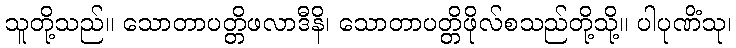
သူတို့သည်။ သောတာပတ္တိဖလာဒီနိ၊ သောတာပတ္တိဖိုလ်စသည်တို့သို့။ ပါပုဏိံသု၊